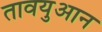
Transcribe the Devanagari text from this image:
तावयुआन